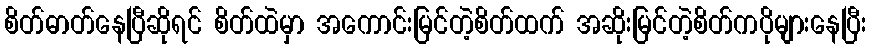
စိတ်ဓာတ်နေပြီဆိုရင် စိတ်ထဲမှာ အကောင်းမြင်တဲ့စိတ်ထက် အဆိုးမြင်တဲ့စိတ်ကပိုများနေပြီး